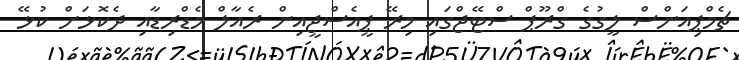
ޗެމްޕިއަންސް ލީގުގެ ގްރޫޕް ސްޓޭޖްގައި މިރޭ ޕީއެސްޖީއިން ރެއާލް މެޑްރިޑާއި ދެކޮޅަށް ކުޅޭ